Indian journal of veterinary science and animal husbandry - Volumes 18-21, 1948-1951
Year: 1948
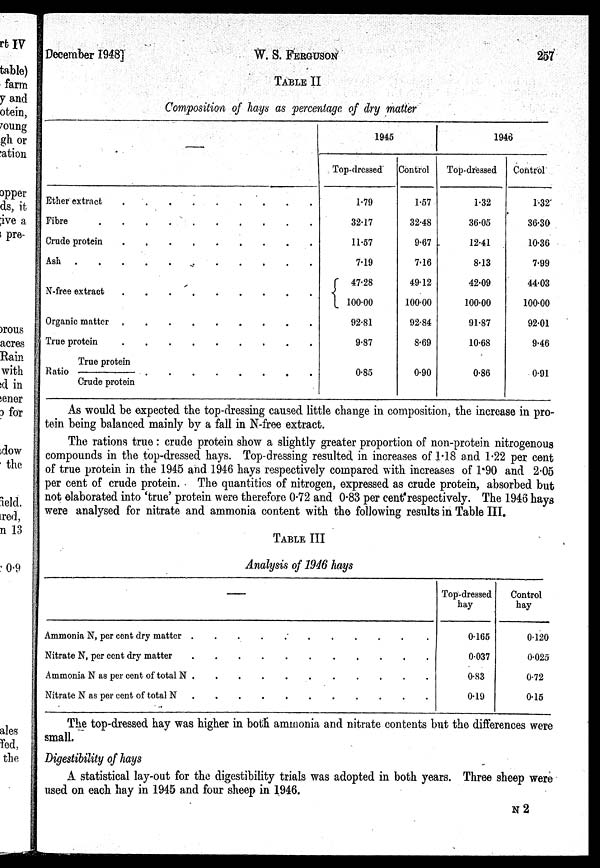
December 1948]
W. S.
FERGUSON
257
TABLE II
Composition of hays as percentage of dry matter
–––
Ether extract . . . . . . . . .
Fibre.
.
.
.
.
.
.
.
.
Crude protein
.
.
.
.
.
.
.
.
.
Ash.
.
.
.
.
.
.
.
.
N-free
extract.
.
.
.
.
.
.
.
.
Organic matter
.
.
.
.
.
.
.
.
.
True protein
.
.
.
.
.
.
.
.
.
True protein
Ratio –––––––– . . . . . .
Crude protein
1945
Top-dressed
1.79
32.17
11.57
7.19
47.28
100.00
92.81
9.87
0.85
Control
1.57
32.48
9.67
7.16
49.12
100.00
92.84
8.69
0.90
1946
Top-dressed
1.32
36.05
12.41
8.13
42.09
100.00
91.87
10.68
0.86
Control
1.32
36.30
10.36
7.99
44.03
100.00
92.01
9.46
0.91
As would be expected the top-dressing caused little change in composition, the increase in pro-
tein being balanced mainly by a fall in N-free extract.
The rations true : crude protein show a slightly greater proportion of non-protein nitrogenous
compounds in the top-dressed hays. Top-dressing resulted in increases of 1.18 and 1.22 per cent
of true protein in the 1945 and 1946 hays respectively compared with increases of 1.90 and 2.05
per cent of crude protein. The quantities of nitrogen, expressed as crude protein, absorbed but
not elaborated into 'true' protein were therefore 0.72 and 0.83 per cent respectively. The 1946 hays
were analysed for nitrate and ammonia content with the following results in Table III.
TABLE III
Analysis of 1946 hays
—
Ammonia N, per cent dry matter . . . . . . . . . .
Nitrate N, per cent dry matter. . . . . . . . . . . . .
Ammonia N as per cent of total N. . . . . . . . .
Nitrate N as per cent of total N. . . . . . . . . . . .
Top-dressed
hay
0.165
0.037
0.83
0.19
Control
hay
0.120
0.025
0.72
0.15
The top-dressed hay was higher in both ammonia and nitrate contents but the differences were
small.
Digestibility of hays
A statistical lay-out for the digestibility trials was adopted in both years. Three sheep were
used on each hay in 1945 and four sheep in 1946.
N 2